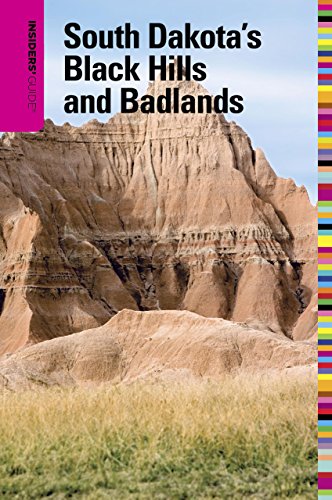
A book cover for Insiders' Guide to South Dakota's Black Hills and Badlands, 5th (Insiders' Guide Series); T. D. Griffith; Travel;